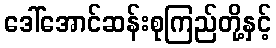
ဒေါ်အောင်ဆန်းစုကြည်တို့နှင့်